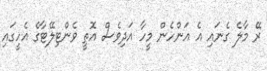
ރޭ މާލެ ގެނައި އެ އަންހެން މީހާ އަދިވެސް އޮތީ ވެންޓިލޭޓާގެ އެހީގައި